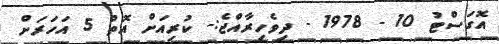
އޮގަސްޓު 10 - 1978 - ދިވެހިރާއްޖެ:- ކުރިއަށް އޮތް 5 އަހަރަށް